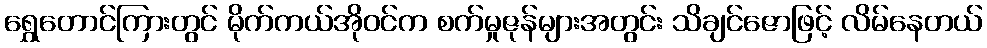
ရွှေတောင်ကြားတွင် မိုက်ကယ်အိုဝင်က စက်မှုဇုန်များအတွင်း သိချင်ဇောဖြင့် လိမ်နေတယ်